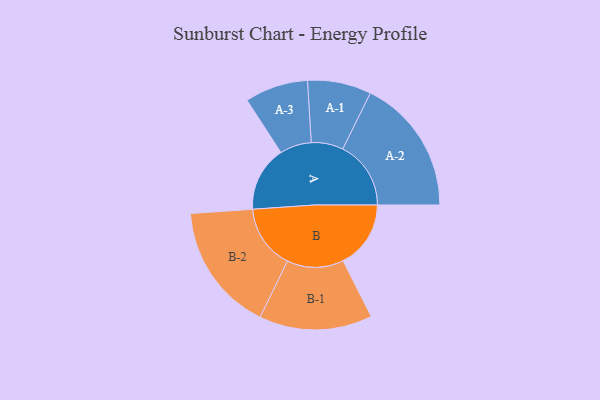
{"axis": {"x": "Segment", "y": "Value"}, "legend": ["", "A", "B"], "data": [{"x": "A", "y": 264, "type": ""}, {"x": "B", "y": 274, "type": ""}, {"x": "A-1", "y": 129, "type": "A"}, {"x": "A-2", "y": 276, "type": "A"}, {"x": "A-3", "y": 128, "type": "A"}, {"x": "B-1", "y": 229, "type": "B"}, {"x": "B-2", "y": 260, "type": "B"}]}